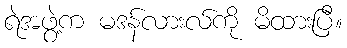
ရဲအဖွဲ့က မဒန်လားလ်ကို မိထားပြီ။